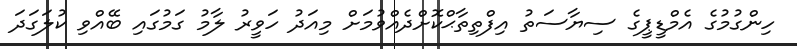
ހިންގުމުގެ އެމްޑީޕީގެ ސިޔާސަތު އިފްތިތާޙްކޮށްދެއްވުމަށް މިއަދު ހަވީރު ލާމު ގަމުގައި ބޭއްވި ކުލަގަދަ